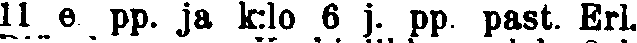
11 e. pp. ja k:lo 6 j. pp. past. Erl.